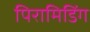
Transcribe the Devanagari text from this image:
पिरामिडिंग